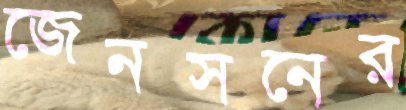
জেনসনের